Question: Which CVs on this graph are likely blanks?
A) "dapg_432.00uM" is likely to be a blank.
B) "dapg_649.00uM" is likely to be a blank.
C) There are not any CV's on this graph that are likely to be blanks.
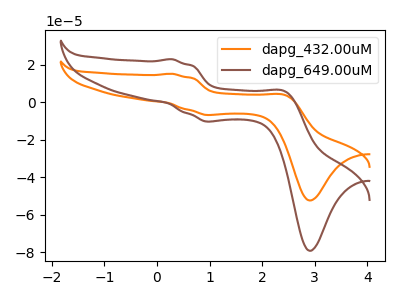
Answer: <think>The orange curve "dapg_432.00uM" has anodic peaks at (0.30V, 15.10uA) (2.45V, 3.70uA) and cathodic peaks at (1.05V, -6.80uA) (2.95V, -52.35uA). The brown curve "dapg_649.00uM" has anodic peaks at (0.30V, 22.85uA) (2.45V, 5.60uA) and cathodic peaks at (1.05V, -10.30uA) (2.95V, -79.10uA).</think>
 <answer>C) There are not any CV's on this graph that are likely to be blanks.</answer>
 <eval>C</eval>